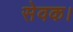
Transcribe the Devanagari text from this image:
सेवक।